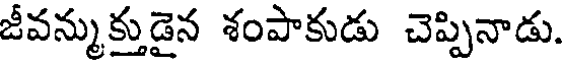
జీవన్ముక్తుడైన శంపాకుడు చెప్పినాడు.